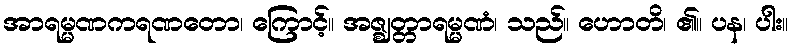
အာရမ္မဏကရဏတော၊ ကြောင့်။ အဇ္ဈတ္တာရမ္မဏံ၊ သည်။ ဟောတိ၊ ၏။ ပန၊ ပါး။